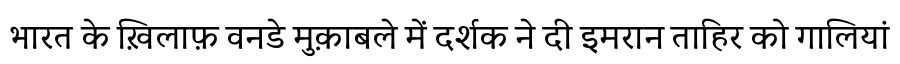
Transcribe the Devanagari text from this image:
भारत के ख़िलाफ़ वनडे मुक़ाबले में दर्शक ने दी इमरान ताहिर को गालियां